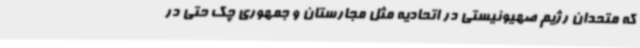
که متحدان رژیم صهیونیستی در اتحادیه مثل مجارستان و جمهوری چک حتی در